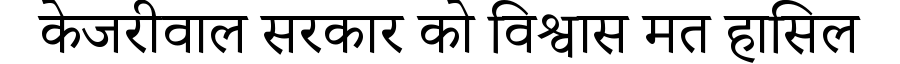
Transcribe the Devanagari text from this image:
केजरीवाल सरकार को विश्वास मत हासिल